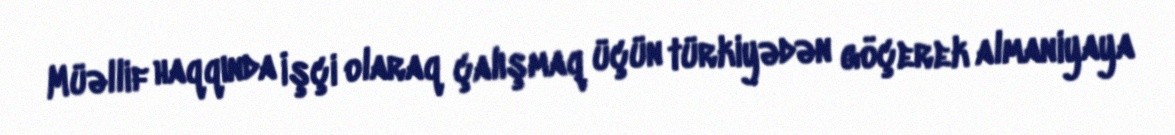
Müəllif haqqında İşçi olaraq çalışmaq üçün türkiyədən göçerek almaniyaya